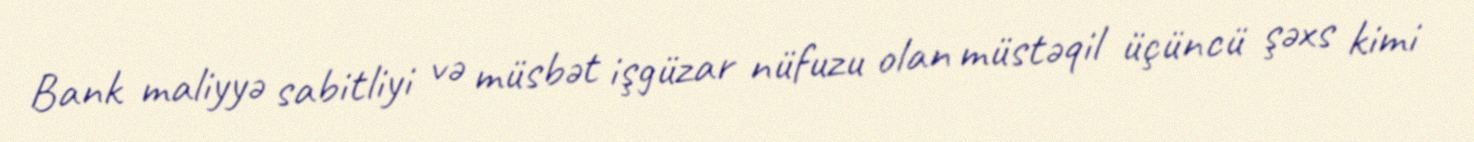
Bank maliyyə sabitliyi və müsbət işgüzar nüfuzu olan müstəqil üçüncü şəxs kimi